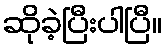
ဆိုခဲ့ပြီးပါပြီ။